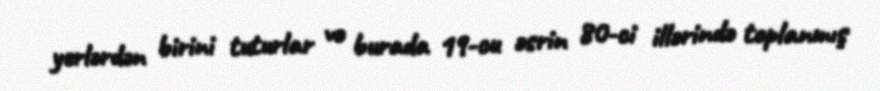
yerlərdən birini tuturlar və burada 19-cu əsrin 80-ci illərində toplanmış